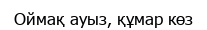
Оймақ ауыз, құмар көз